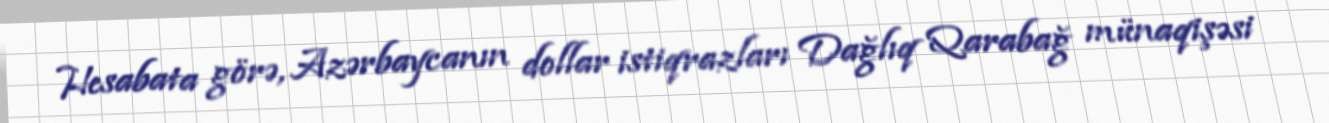
Hesabata görə, Azərbaycanın dollar istiqrazları Dağlıq Qarabağ münaqişəsi